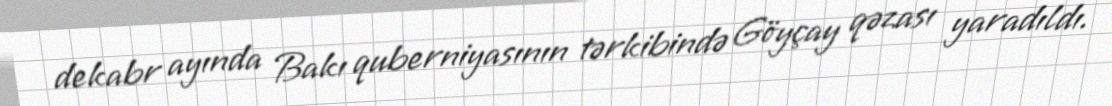
dekabr ayında Bakı quberniyasının tərkibində Göyçay qəzası yaradıldı.